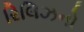
રિલિઝનો